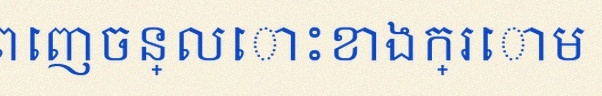
បំពេញចន្លោះខាងក្រោម